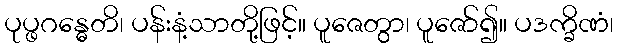
ပုပ္ဖဂန္ဓေတိ၊ ပန်းနံ့သာတို့ဖြင့်။ ပူဇေတွာ၊ ပူဇော်၍။ ပဒက္ခိဏံ၊